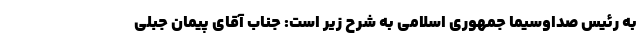
به رئیس صداوسیما جمهوری اسلامی به شرح زیر است: جناب آقای پیمان جبلی